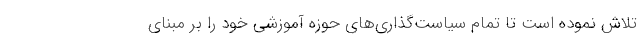
تلاش نموده است تا تمام سیاست‌گذاری‌های حوزه آموزشی خود را بر مبنای